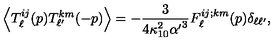
\left\langle T _ { \ell } ^ { i j } ( p ) T _ { \ell ^ { \prime } } ^ { k m } ( - p ) \right\rangle = - { \frac { 3 } { 4 \kappa _ { 1 0 } ^ { 2 } { \alpha ^ { \prime } } ^ { 3 } } } F _ { \ell } ^ { i j ; k m } ( p ) \delta _ { \ell \ell ^ { \prime } } ,